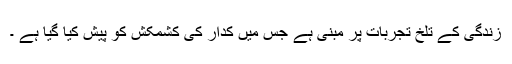
زندگی کے تلخ تجربات پر مبنی ہے جس میں کدار کی کشمکش کو پیش کیا گیا ہے ۔